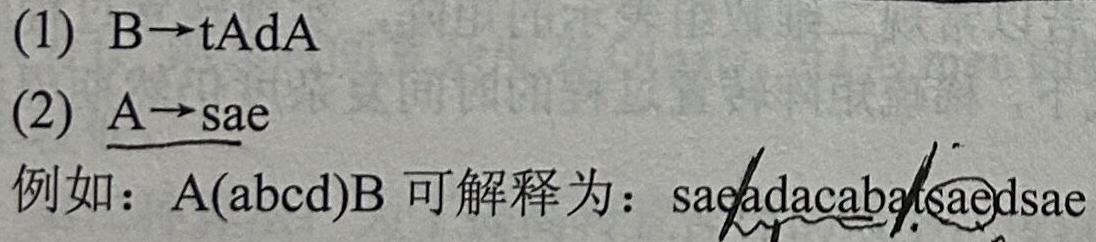
(1) $B\rightarrow tAdA$
(2) $A\rightarrow sae$
例如：$A(abcd)B$ 可解释为： $sae\underline{adacaba}tsaedsae$